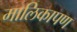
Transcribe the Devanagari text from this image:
मालिकापण